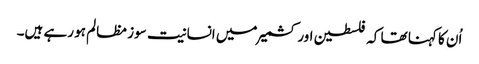
اُن کا کہنا تھا کہ فلسطین اور کشمیر میں انسانیت سوز مظالم ہو رہے ہیں۔